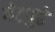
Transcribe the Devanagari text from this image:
गेटपुढे